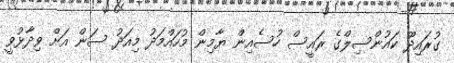
ގުރައިދޫ ކައުންސިލްގެ ރައީސް ހުސެއިން ޔާމިން މުހައްމަދު މިއަދު ސަން އަށް ވިދާޅުވީ